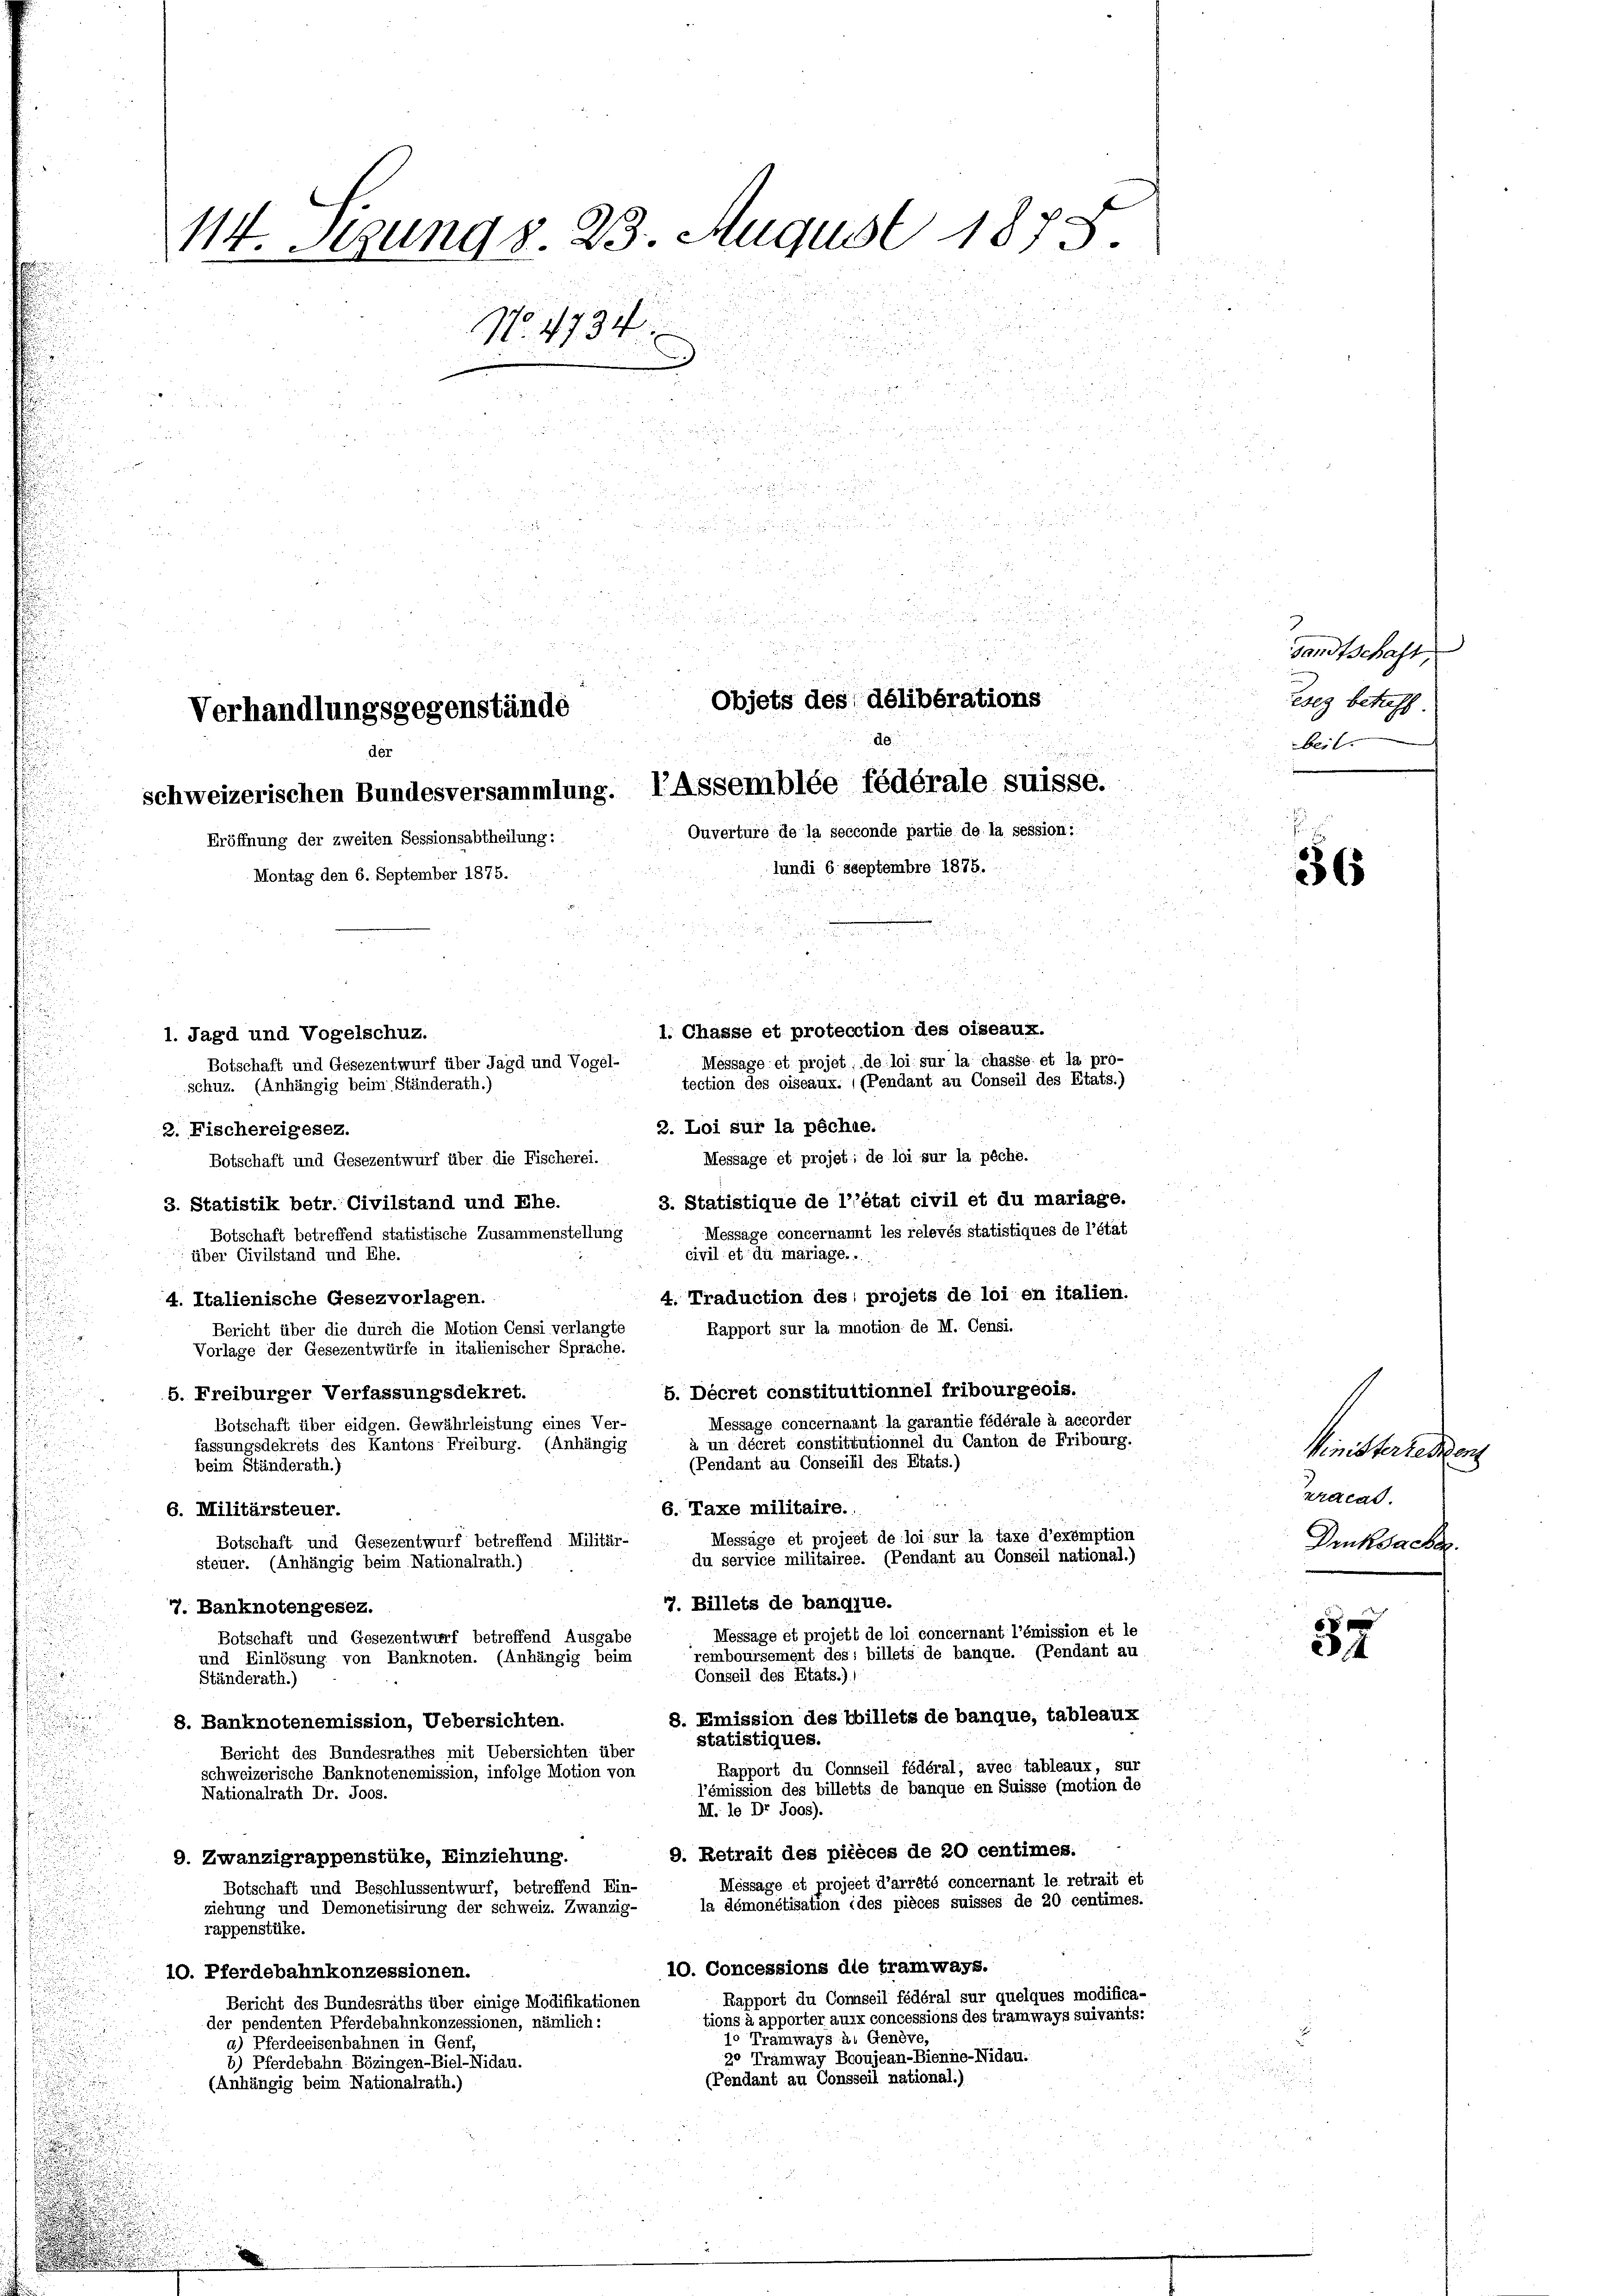
u
u

114. Sezung v. 23. August 1875.
No. 4734.

Objets des délibérations
Verhandlungsgegenstände
de

der
schweizerischen Bundesversammlung. I Assemblée fédérale suisse.
Ouvertüre de la secconde partie de la session:
Eröffnung der zweiten Sessionsabtheilung:
lundi 6 sseptembre 1875.
Montag den 6. September 1875.

2. Loi sur la pêche.
2. Fischereigesez.
Message et projet; de loi sur la pêche.
Botschaft und Gesezentwurf über die Fischerei.
3. Statistique de l’état civil et du mariage.
3. Statistik betr. Civilstand und Ehe.
Messäge concernannt les relevés statistiques de l’état
Botschaft betreffend statistische Zusammenstellung
civil et du mariage. ..
über Civilstand und Ehe.
4. Traduction des projets de loi en italien.
4. Italienische Gesezvorlagen.
Rapport sur la mnotion de M. Censi.
Bericht über die durch die Motion Censi verlangte
Vorlage der Gesezentwürfe in italienischer Sprache.
5. Décret constituitionnel fribourgeois.
5. Freiburger Verfassungsdekret.
Message concernannt la garantie fédérale à accorder
Botschaft über eidgen. Gewährleistung eines Ver-
à un décret constittutionnel du Canton de Fribourg.
fassungsdekrets des Kantons Freiburg. (Anhängig
(Pendant au Conseill des Etats.)
beim Ständerath.)
6. Taxe militaire.
6. Militärsteuer.
Messäge et project de loi sur la taxe d’exemption
Botschaft und Gesezentwurf betreffend. Militär-
du service militairee. (Pendant au Conseil national.)
steuer. (Anhängig beim Nationalrath.)
77. Billets de banqiue.
77. Banknotengesez.
Message et projett de loi concernant l’émission et le
Botschaft und Gesezentwurf betreffend Ausgabe
remboursement des billets de banque. (Pendant au
und Einlösung von Banknoten. (Anhängig beim
Conseil des Etats.)
Ständerath.)
8. Emission des billets de banque, tableaux
8. Banknotenemission, Uebersichten.
statistiques.
Bericht des Bundesrathes mit Uebersichten über
Rapport du Connseil fédéral, avec tableaux, sur
schweizerische Banknotenomission, infolge Motion von
l’émission des billetts de banque en Suisse (motion de
Nationalrath Dr. Joos.
M. le Dr J005).
9. Retrait des pièces de 20 centimes.
9. Zwanzigrappenstüke, Einziehung.
Méssage et project d’arrété concernant le retrait et
Botschaft und Beschlussentwurf, betreffend Ein-
la démonétisation ides pièces suisses de 20 centimes.
ziehung und Demonetisirung der schweiz. Zwanzig-
rappenstüke.
10. Concessions die tramways.
10. Pferdebahnkonzessionen.
Rapport du Conseil fédéral sur quelques modifica-
Bericht des Bundesraths über einige Modifikationen
tions à apporter aux concessions des tramways suivants:
der pendenten Pferdebahnkonzessionen, nämlich:
jo Tramways à. Genève,
a) Pferdeeisenbahnen in Genf,
20 Tramway Bcoujean-Bienne-Nidau.
8) Pferdebahn Bözingen-Biel-Nidau.
(Pendant au Consseil national.)
(Anhängig beim Nationalrath.)

1. Chasse et protecction des oiseaux.
1. Jagd und Vogelschuz.
Méssage et projet, de loi sur la chasse et la pro-
Botschaft und Gesezentwurf über Jagd und Vogel-
tection des oiseaux. ((Pendant au Conseil des Etats.)
schuz. (Anhängig beim Ständerath.)

sandtschaft
esez betreff
Beit

36

Kunsterlassung
zracad.
Druksachen.

57